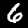
Label: 6